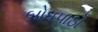
બોધપાઠો